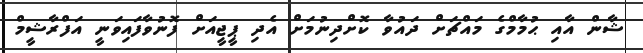
ޝާން އާއި ޙުމާމްގެ މައްޗަށް ދައުވާ ކޮށްދިނުމަށް އެދި ޕީޖީއަށް ފޮނުވާފައިވަނީ އަފްރާޝީމް